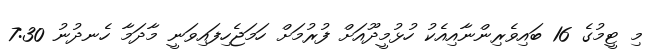
މި ޓީމުގެ 16 ބައިވެރިންނާއިއެކު ހުޅުމީދޫއަށް ފުރުމަށް ހަމަޖެހިފައިވަނީ މާދަމާ ހެނދުނު 7:30